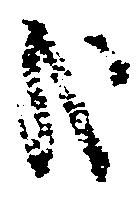
哉